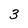
Character: 3